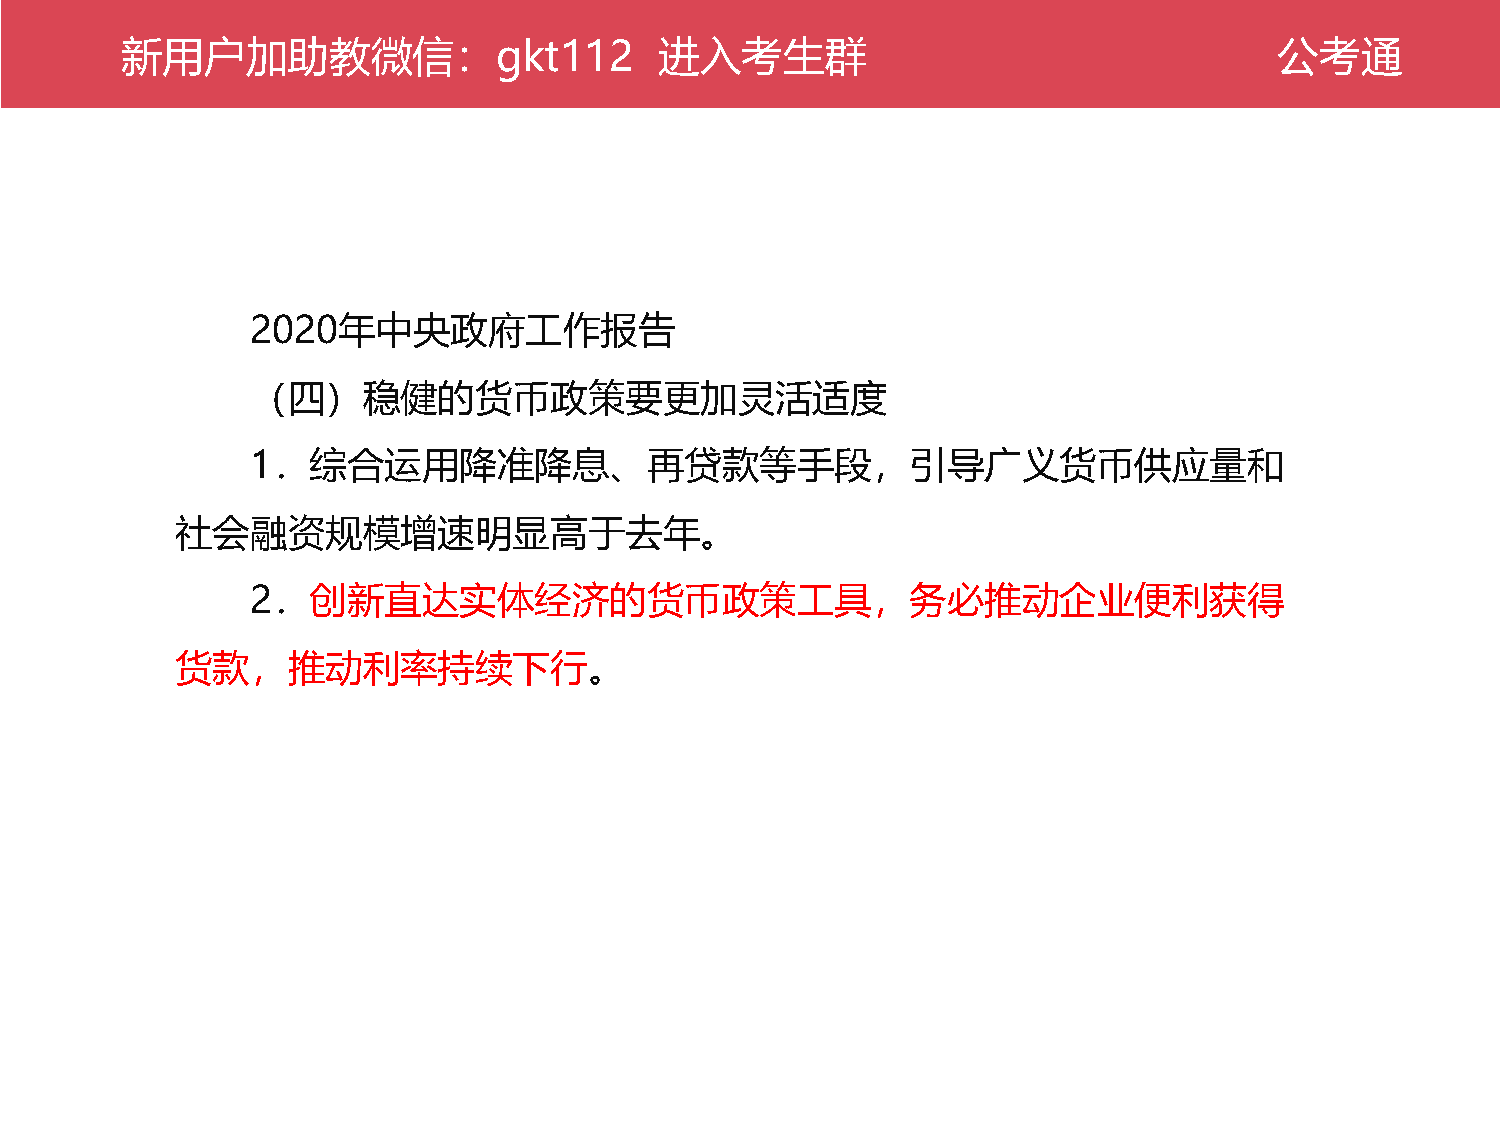
新公用考户通加助教微信：gkt112                  进入考生群                                    公考通
 2020年中央政府工作报告
 （四）稳健的货币政策要更加灵活适度
 1．综合运用降准降息、再贷款等手段，引导广义货币供应量和
 社会融资规模增速明显高于去年。
 2．创新直达实体经济的货币政策工具，务必推动企业便利获得
 货款，推动利率持续下行。